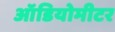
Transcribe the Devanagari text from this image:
ऑडियोमीटर